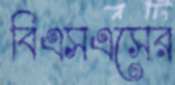
বিএসএসের